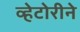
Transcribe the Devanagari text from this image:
व्हेटोरीने